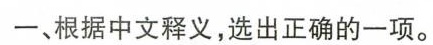
一、根据中文释义，选出正确的一项。